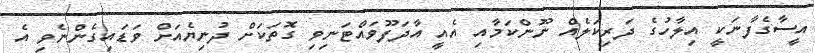
އީސާގެފާނަކީ އިލާހުގެ ދަރިކަލެއް ނޫންކަމާއި އެއީ އާދަފޫވައްޓަނިވި ގޮތަކަށް ދުނިޔެއަށް ވަޑައިގެންނެވި އެ